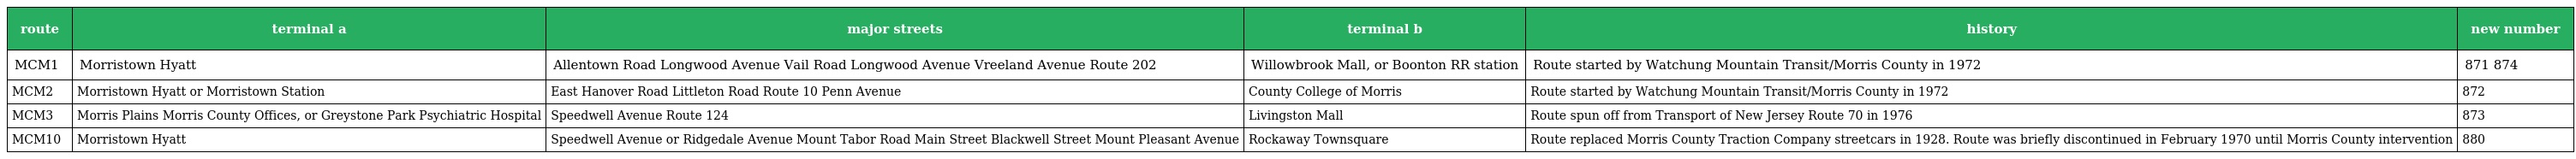
| route | terminal a | major streets | terminal b | history | new number |
 | --- | --- | --- | --- | --- | --- |
 | MCM1 | Morristown Hyatt | Allentown Road Longwood Avenue Vail Road Longwood Avenue Vreeland Avenue Route 202 | Willowbrook Mall, or Boonton RR station | Route started by Watchung Mountain Transit/Morris County in 1972 | 871 874 |
 | MCM2 | Morristown Hyatt or Morristown Station | East Hanover Road Littleton Road Route 10 Penn Avenue | County College of Morris | Route started by Watchung Mountain Transit/Morris County in 1972 | 872 |
 | MCM3 | Morris Plains Morris County Offices, or Greystone Park Psychiatric Hospital | Speedwell Avenue Route 124 | Livingston Mall | Route spun off from Transport of New Jersey Route 70 in 1976 | 873 |
 | MCM10 | Morristown Hyatt | Speedwell Avenue or Ridgedale Avenue Mount Tabor Road Main Street Blackwell Street Mount Pleasant Avenue | Rockaway Townsquare | Route replaced Morris County Traction Company streetcars in 1928. Route was briefly discontinued in February 1970 until Morris County intervention | 880 |